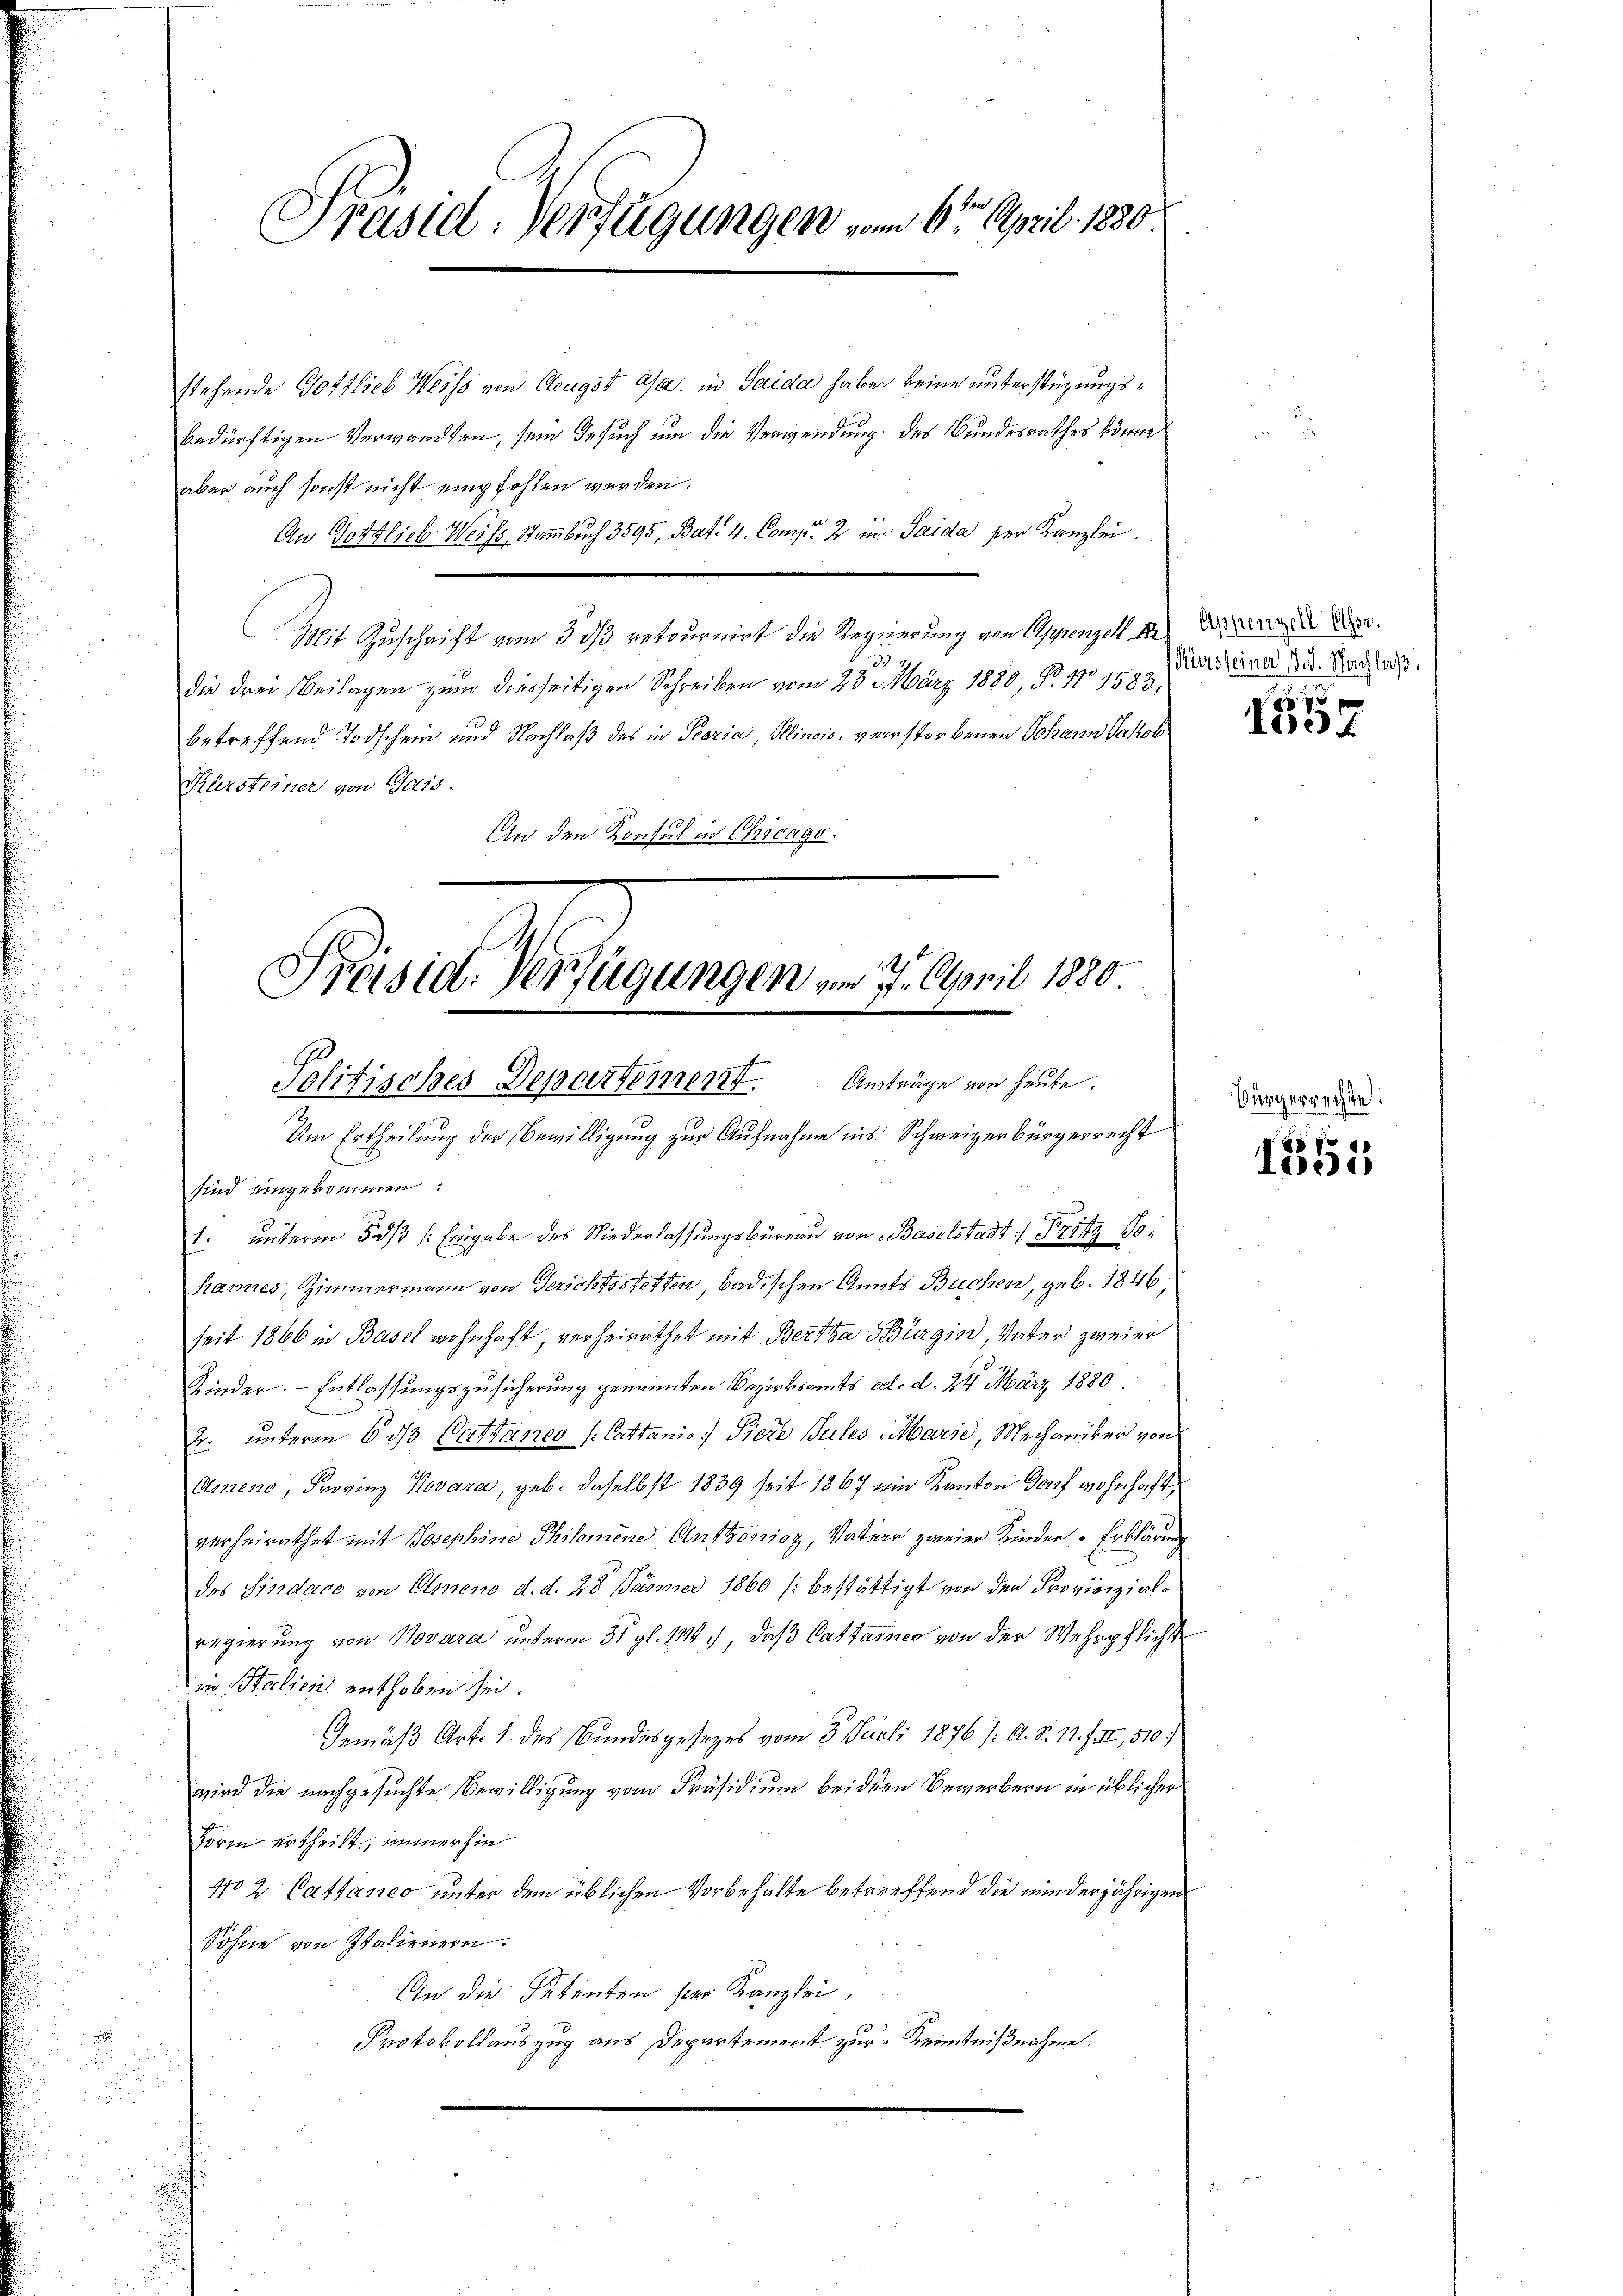
Um Ertheilung der Bewilligung zur Aufnahme ins Schweizerbürgerrecht
sind eingekommen:
1. ŭnterm 5. dβ /: Eingabe des Niederlassŭngsbüreau von Baselstadt Fritz Sohannes, Zimmermann von Gerichtsstetten badischen Anats Buchen, geb. 1846.
seit 1866 in Basel wohnhaft verheirathet mit Bertta Bürgin, Vater zweier
Kinder Entlassungszusicherung genannten Bezirksamts ed. d. 24. März 1880
2. unterm 6. ds Cattanco / Cattanis: Tiere Jules Marie, Mechaniker von
Ammene, Frovinz Kovara, geb. daselbst 1839 seit 1867 ein Kanton Torf wohnhaft,
verheirathet mit Josephine Philomine Anttowicz, Vater zweier Kinder Erklärung
des Sindaco von Elmeno d. d. 28 Jänner 1860 /: bestättigt von der Provierzialregierung von Novara unterm 31. gl. 1914), daß Cattaines von der Wehrpflichter
in Italien enthoben sei.
Gemäß Art. 1. des Bundesgesezes vom 3. Juli 1876 /: A. S. 11. III, 510
wird die nachgesuchte Bewilligung vom Präsidium bei der Bewerbern in üblicher
Forin ertheilt, immerhin
402 Cattanco unter dem üblichen Vorbehalte betreffend die minderjährigen
Sohne von Italienern.
An die Petenten sei Kanzlei,
Protokollauszug aus Departement zur Kenntnißnahme.

Präsid. Verfügungen vom 6te April 1890.

stehende Gottlieb Weiss von Aeugst asa. in Saida haben keine unterstüzungsbedürftigen Verwandten, sein Gesuch um die Verwendung des Bundesrathes könne
aber auch sonst nicht empfohlen werden.
An Gottlich Weiss Nammbuch 3595, Bat. 4. Comp. 2 in Saida per Kanzlei.
Mit Zuschrift vom 3 dß retournirt die Regierung von Appenzell 18
die drei Beilagen zum diesseitigen Schreiben vom 23. März 1880, N. 11 1583,
betreffend Todschen und Nachlaß des in Peoria, Klinois, verstorbenen Johann Jakob
Kürsteiner von Gais.
An den Konsul in Chicago.

Präsid. Verfügungen am 7. April 1880
Anträge von heute.
Politisches Departement.

Appenzell Asse.
Kürsteiner d. d. Nachlaß
an

1857

Bürgerrechte.

i
oe